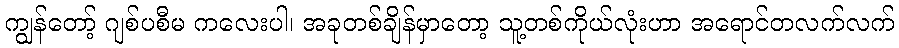
ကျွန်တော့် ဂျစ်ပစီမ ကလေးပါ၊ အခုတစ်ချိန်မှာတော့ သူ့တစ်ကိုယ်လုံးဟာ အရောင်တလက်လက်